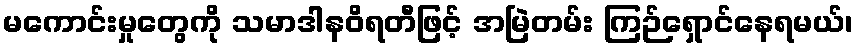
မကောင်းမှုတွေကို သမာဒါနဝိရတီဖြင့် အမြဲတမ်း ကြဉ်ရှောင်နေရမယ်၊